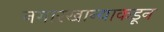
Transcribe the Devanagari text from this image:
नगारखान्याकडून